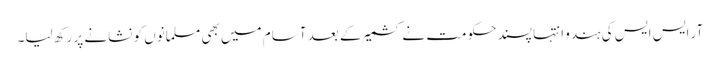
آر ایس ایس کی ہندو انتہا پسند حکومت نے کشمیر کے بعد آسام میں بھی مسلمانوں کو نشانے پر رکھ لیا۔